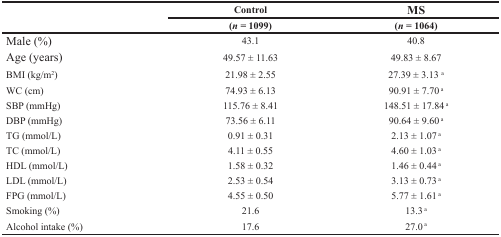
<table><thead><tr><td rowspan="2"></td><td><b>Control</b></td><td><b>MS</b></td></tr><tr><td><b>(<i>n</i> = 1099)</b></td><td><b>(<i>n</i> = 1064)</b></td></tr></thead><tbody><tr><td>Male (%)</td><td>43.1</td><td>40.8</td></tr><tr><td>Age (years)</td><td>49.57 ± 11.63</td><td>49.83 ± 8.67</td></tr><tr><td>BMI (kg/m<sup>2</sup>)</td><td>21.98 ± 2.55</td><td>27.39 ± 3.13 <sup>a</sup></td></tr><tr><td>WC (cm)</td><td>74.93 ± 6.13</td><td>90.91 ± 7.70 <sup>a</sup></td></tr><tr><td>SBP (mmHg)</td><td>115.76 ± 8.41</td><td>148.51 ± 17.84<sup>a</sup></td></tr><tr><td>DBP (mmHg)</td><td>73.56 ± 6.11</td><td>90.64 ± 9.60 <sup>a</sup></td></tr><tr><td>TG (mmol/L)</td><td>0.91 ± 0.31</td><td>2.13 ± 1.07 <sup>a</sup></td></tr><tr><td>TC (mmol/L)</td><td>4.11 ± 0.55</td><td>4.60 ± 1.03 <sup>a</sup></td></tr><tr><td>HDL (mmol/L)</td><td>1.58 ± 0.32</td><td>1.46 ± 0.44 <sup>a</sup></td></tr><tr><td>LDL (mmol/L)</td><td>2.53 ± 0.54</td><td>3.13 ± 0.73 <sup>a</sup></td></tr><tr><td>FPG (mmol/L)</td><td>4.55 ± 0.50</td><td>5.77 ± 1.61 <sup>a</sup></td></tr><tr><td>Smoking (%)</td><td>21.6</td><td>13.3 <sup>a</sup></td></tr><tr><td>Alcohol intake (%)</td><td>17.6</td><td>27.0 <sup>a</sup></td></tr></tbody></table>